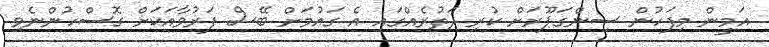
އަމީން މިފަހުން ސިންގަޕޫރަށް ކުރި ދަތުރެއްގައި އެ ގައުމަށް ބޭސް ފަރުވާއަކަށް ގޮސްހުންނެވި